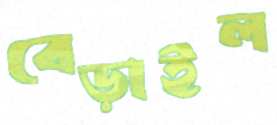
বেড়াইল